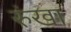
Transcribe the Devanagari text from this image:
रुंखा